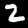
Label: 2